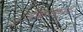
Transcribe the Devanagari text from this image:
ॲव्हरेजमध्ये